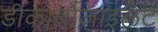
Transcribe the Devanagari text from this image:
डीकार्बोज़ाइलेट